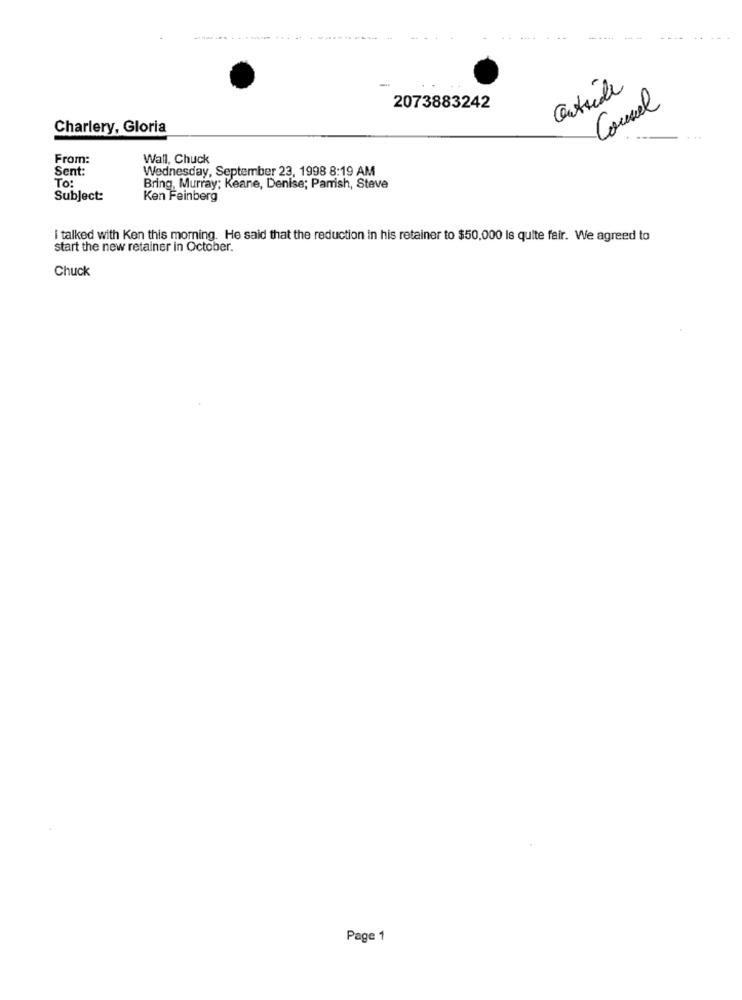
Outside
2073883242
Conel
Charlery, Gloria
From:
Wall, Chuck
Sent:
Wednesday, September 23, 1998 8:19 AM
To:
Bring, Murray; Keane, Denise; Parrish, Steve
Subject:
Ken Feinberg
i talked with Ken this morning. He said that the reduction in his retainer to $50,000 Is quite fair. We agreed to
start the new retainer in October.
Chuck
Page 1